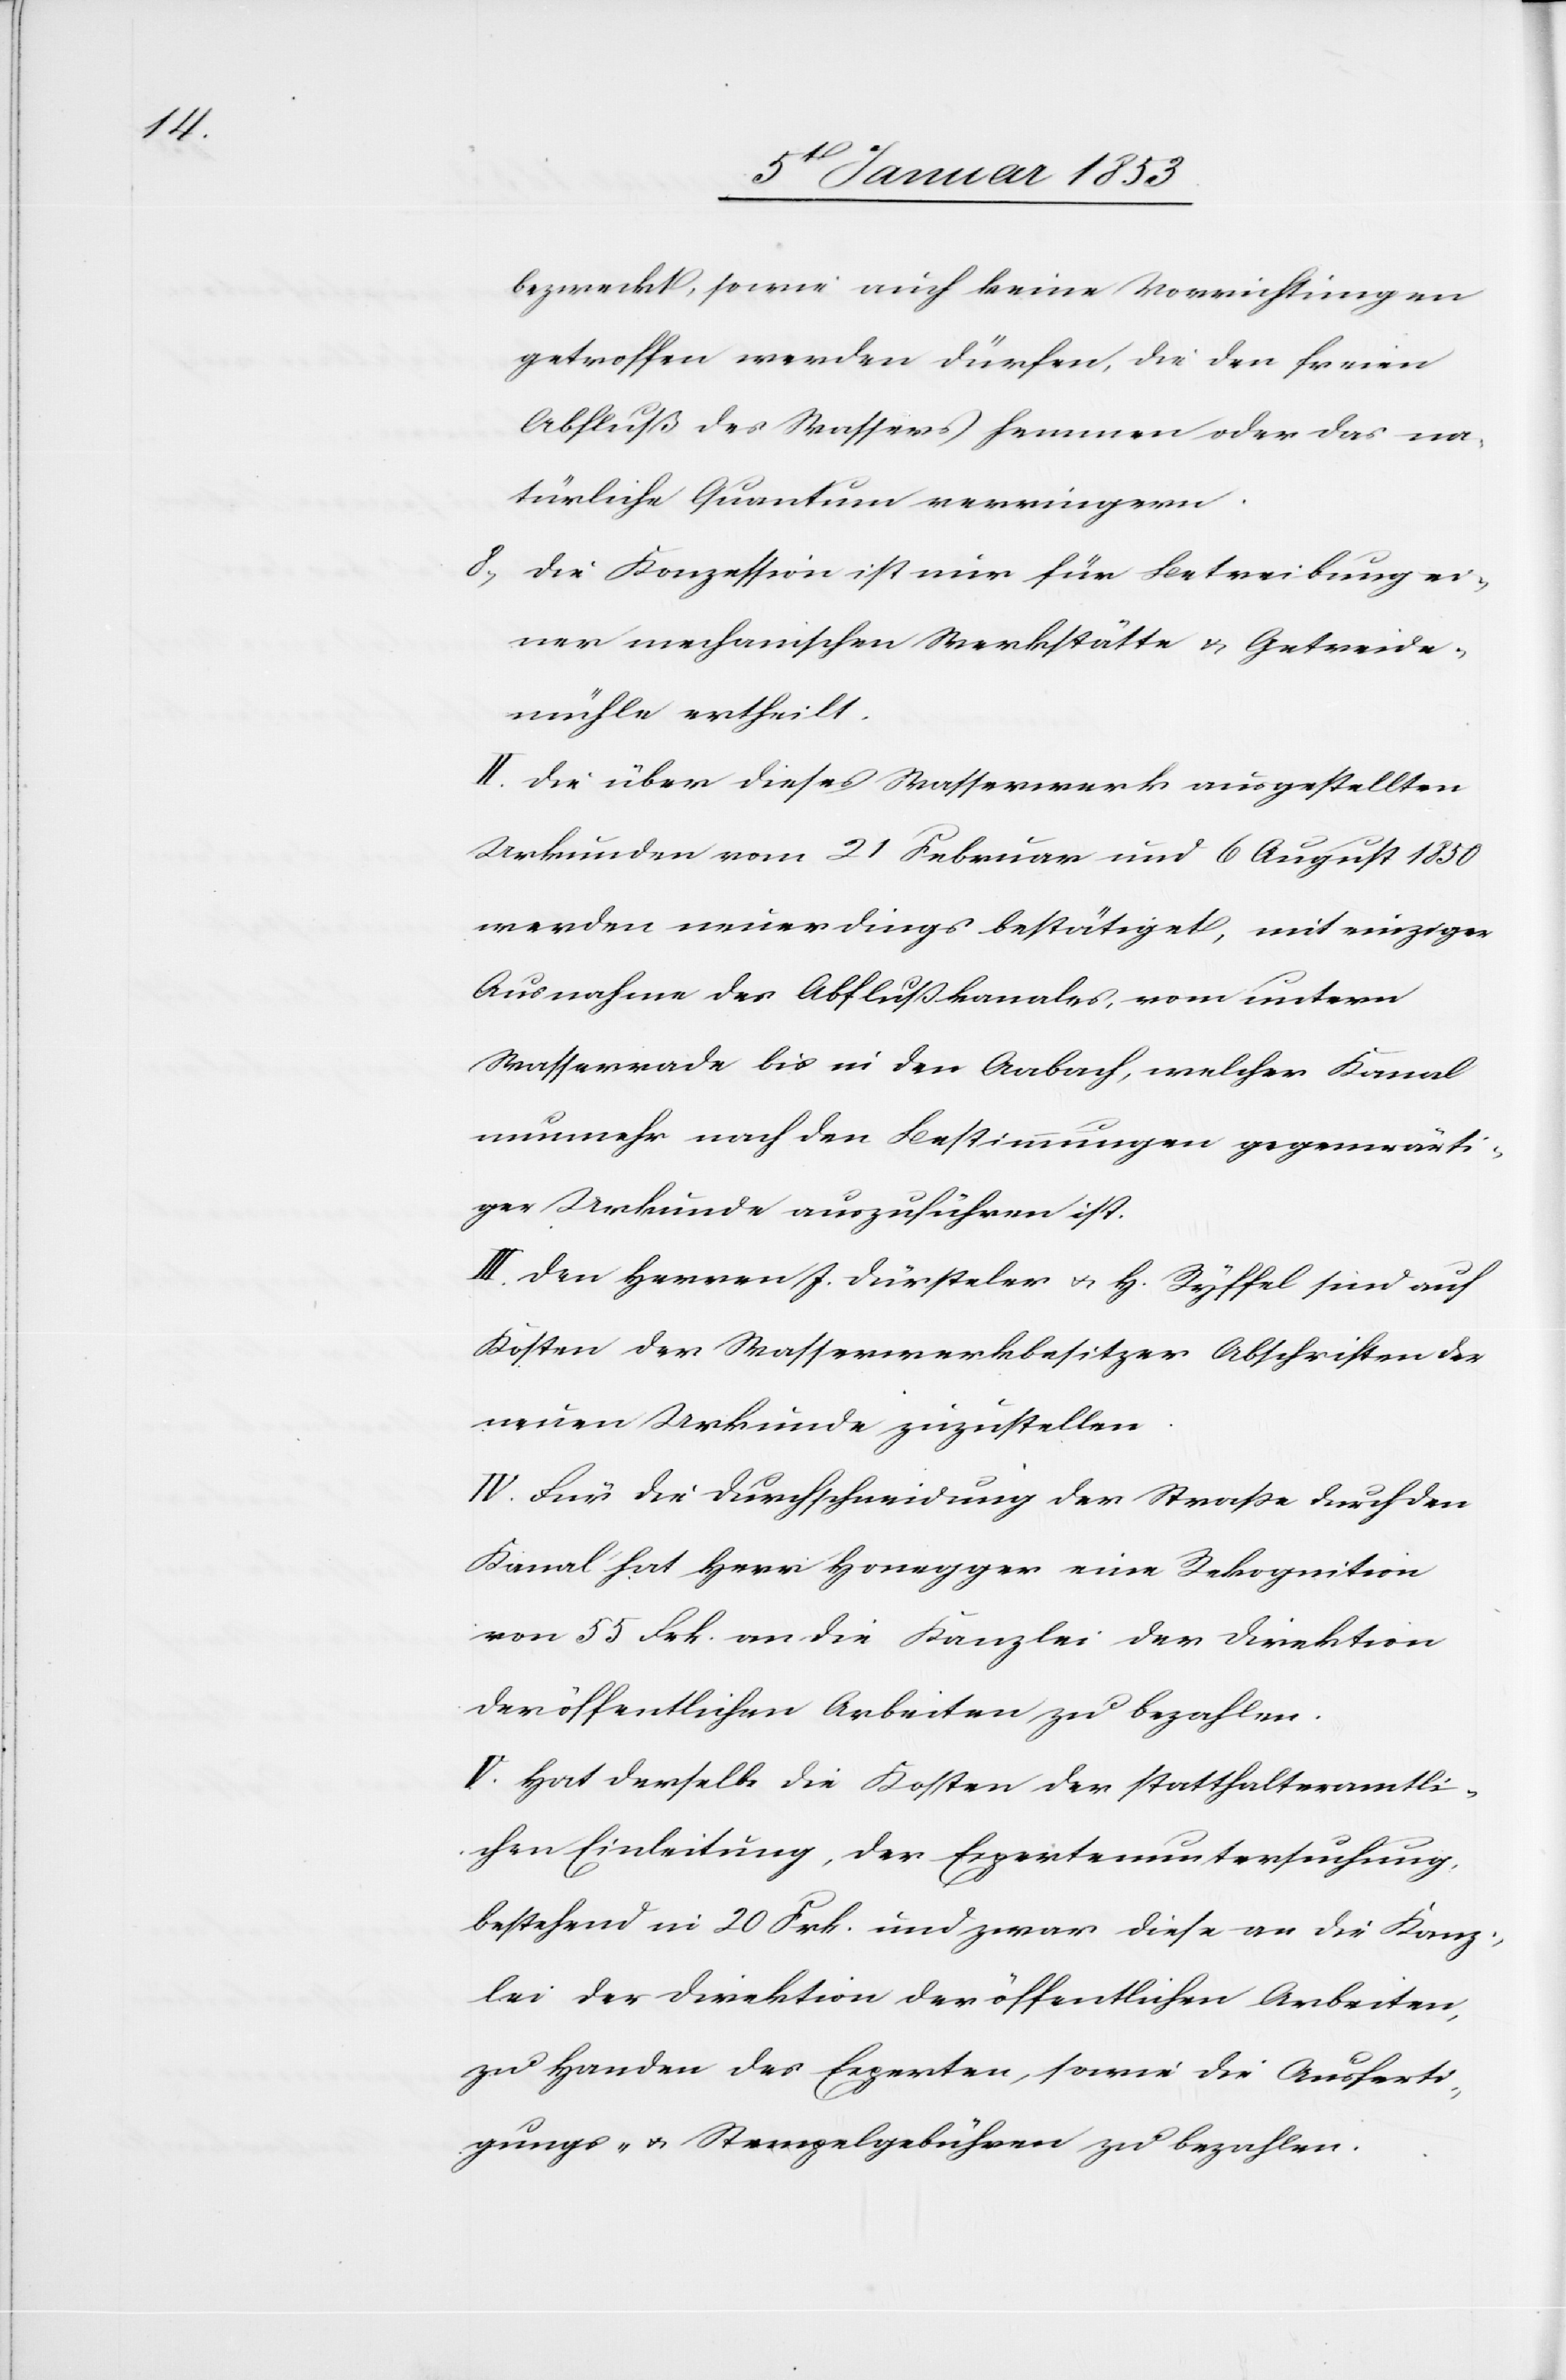
bezweckt, sowie auch keine Vorrichtungen
getroffen werden dürfen, die den freien
Abfluß des Wassers hemmen oder das na¬
türliche Quantum verringern.
8. Die Konzession ist nur für Betreibung ei¬
ner mechanischen Werkstätte u. Getreide¬
mühle ertheilt.
II. Die über dieses Wasserwerk ausgestellten
Urkunden vom 21 Februar und 6 August 1850.
werden neuerdings bestätiget, mit einziger
Ausnahme des Ablaufkanales, vom untern
Wasserrade bis in den Aabach, welcher Kanal
nunmehr nach den Bestimmungen gegenwärti¬
ger Urkunde auszuführen ist.
III. Den Herren J. Dürsteler u. H. Ryffel sind auf
Kosten der Wasserwerkbesitzer Abschriften der
neuen Urkunde zuzustellen.
IV. Für die Durchschneidung der Strasse durch den
Kanal hat Herr Honegger eine Rekognition
von 55. Frk. an die Kanzlei der Direktion
der öffentlichen Arbeiten zu bezahlen.
V. Hat derselbe die Kosten der statthalteramtli¬
chen Einleitung, der Expertenuntersuchung,
bestehend in 20. Frk. und zwar diese an die Kanz¬
lei der Direktion der öffentlichen Arbeiten,
zu Handen der Experten, sowie die Ausferti¬
gungs- u. Stempelgebühren zu bezahlen.